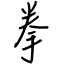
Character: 拳